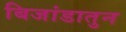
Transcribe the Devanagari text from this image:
बिजांडातुन